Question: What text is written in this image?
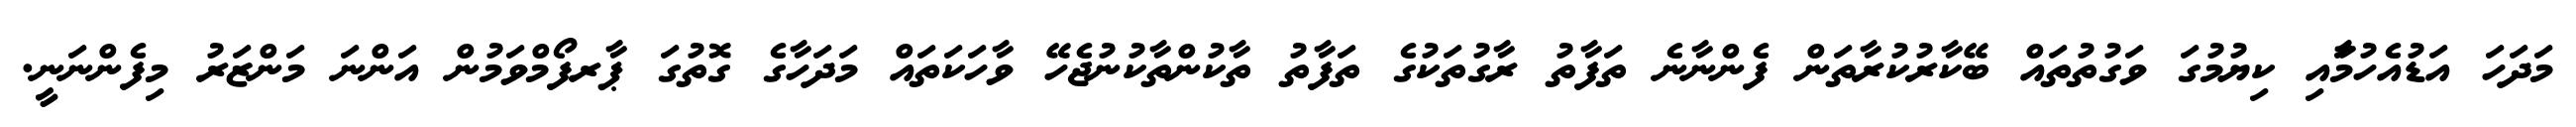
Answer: މަދަހަ އަޑުއެހުމަާއި ކިޔުމުގަ ވަގުތުތައް ބޭކާރުކުރާތަން ފެންނާނެ ތަފާތު ރާގުތަކުގެ ތަފާތު ތާކުންތާކުނުޖެހޭ ވާހަކަތައް މަދަހާގެ ގޮތުގަ ޕާރފޯމްވަމުން އަންނަ މަންޒަރު މިފެންނަނީ.